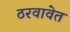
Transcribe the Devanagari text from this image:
ठरवावेत